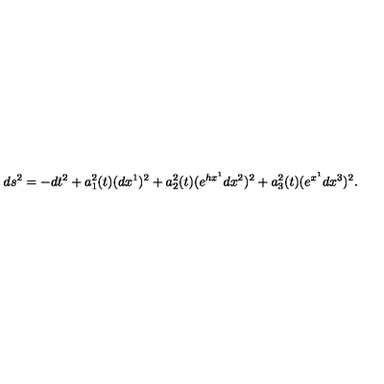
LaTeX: d s ^ { 2 } = - d t ^ { 2 } + a _ { 1 } ^ { 2 } ( t ) ( d x ^ { 1 } ) ^ { 2 } + a _ { 2 } ^ { 2 } ( t ) ( e ^ { h x ^ { 1 } } d x ^ { 2 } ) ^ { 2 } + a _ { 3 } ^ { 2 } ( t ) ( e ^ { x ^ { 1 } } d x ^ { 3 } ) ^ { 2 } .